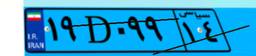
۱۹D۰۹۹۱۴